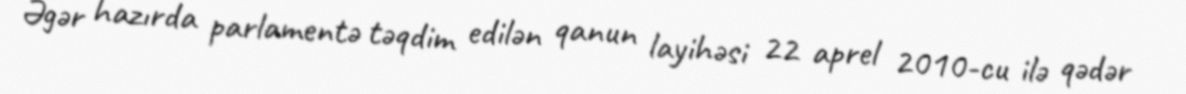
Əgər hazırda parlamentə təqdim edilən qanun layihəsi 22 aprel 2010-cu ilə qədər